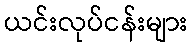
ယင်းလုပ်ငန်းများ